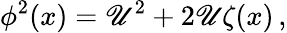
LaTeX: \phi^{2}(x)=\mathscr{U}^{2}+2\mathscr{U}\zeta(x)\, ,